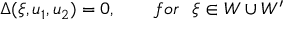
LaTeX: \Delta ( \xi , u _ { 1 } , u _ { 2 } ) = 0 , \qquad f o r ~ ~ \xi \in W \cup W ^ { \prime }